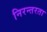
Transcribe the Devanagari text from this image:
निरन्‍तरता